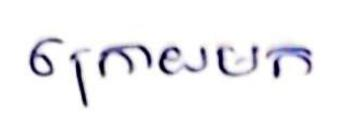
ក្រោយមក